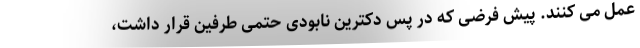
عمل می کنند. پیش فرضی که در پس دکترین نابودی حتمی طرفین قرار داشت،